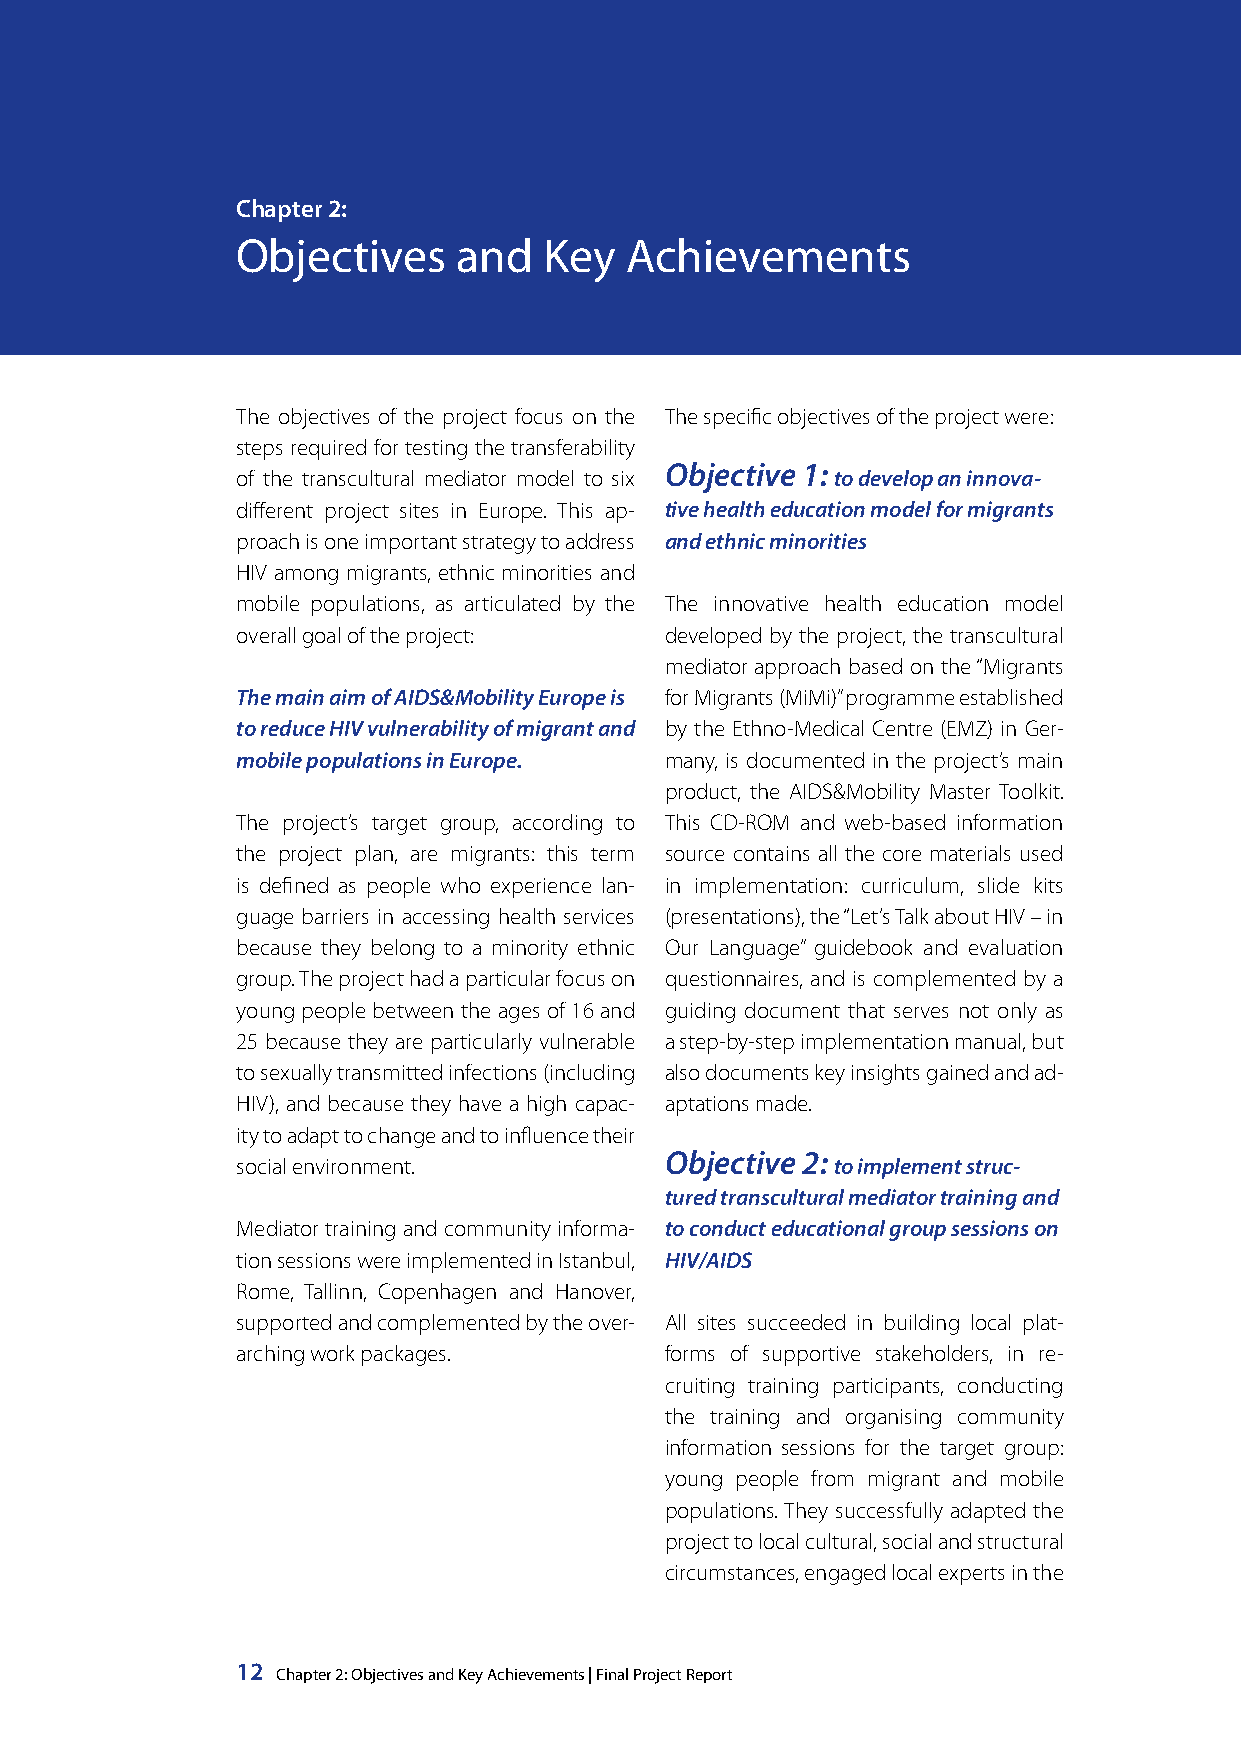
chapter 2:
 Objectives    and   Key  Achievements
 The objectives of the project focus on the The specific objectives of the project were:
 steps required for testing the transferability
 Objective 1:
 of the transcultural mediator model to six to develop an innova-
 different project sites in Europe. This ap- tive health education model for migrants
 proach is one important strategy to address and ethnic minorities
 HIV among migrants, ethnic minorities and
 mobile populations, as articulated by the The innovative health education model
 overall goal of the project: developed by the project, the transcultural
 mediator approach based on the “Migrants
 The main aim of AIDS&Mobility Europe is for Migrants (MiMi)” programme established
 to reduce HIV vulnerability of migrant and by the Ethno-Medical Centre (EMZ) in Ger-
 mobile populations in Europe. many, is documented in the project’s main
 product, the AIDS&Mobility Master Toolkit.
 The project’s target group, according to This CD-ROM and web-based information
 the project plan, are migrants: this term source contains all the core materials used
 is defined as people who experience lan- in implementation: curriculum, slide kits
 guage barriers in accessing health services (presentations), the “Let’s Talk about HIV – in
 because they belong to a minority ethnic Our Language” guidebook and evaluation
 group. The project had a particular focus on questionnaires, and is complemented by a
 young people between the ages of 16 and guiding document that serves not only as
 25 because they are particularly vulnerable a step-by-step implementation manual, but
 to sexually transmitted infections (including also documents key insights gained and ad-
 HIV), and because they have a high capac- aptations made.
 ity to adapt to change and to influence their
 Objective 2:
 social environment.                    to implement struc-
 tured transcultural mediator training and
 Mediator training and community informa- to conduct educational group sessions on
 tion sessions were implemented in Istanbul, HIV/AIDS
 Rome, Tallinn, Copenhagen and Hanover,
 supported and complemented by the over- All sites succeeded in building local plat-
 arching work packages.      forms of supportive stakeholders, in re-
 cruiting training participants, conducting
 the training and organising community
 information sessions for the target group:
 young people from migrant and mobile
 populations. They successfully adapted the
 project to local cultural, social and structural
 circumstances, engaged local experts in the
 12 Chapter 2: Objectives and Key Achievements | Final Project Report